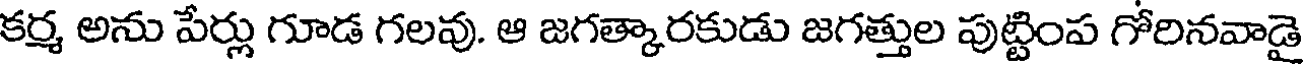
కర్మ అను పేర్లు గూడ గలవు. ఆ జగత్కారకుడు జగత్తుల పుట్టింప గోరినవాడై